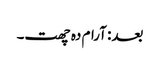
بعد: آرام دہ چھت۔